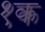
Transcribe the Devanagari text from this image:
१क